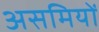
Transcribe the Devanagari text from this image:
असमियों